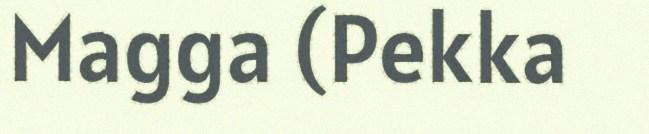
Magga (Pekka